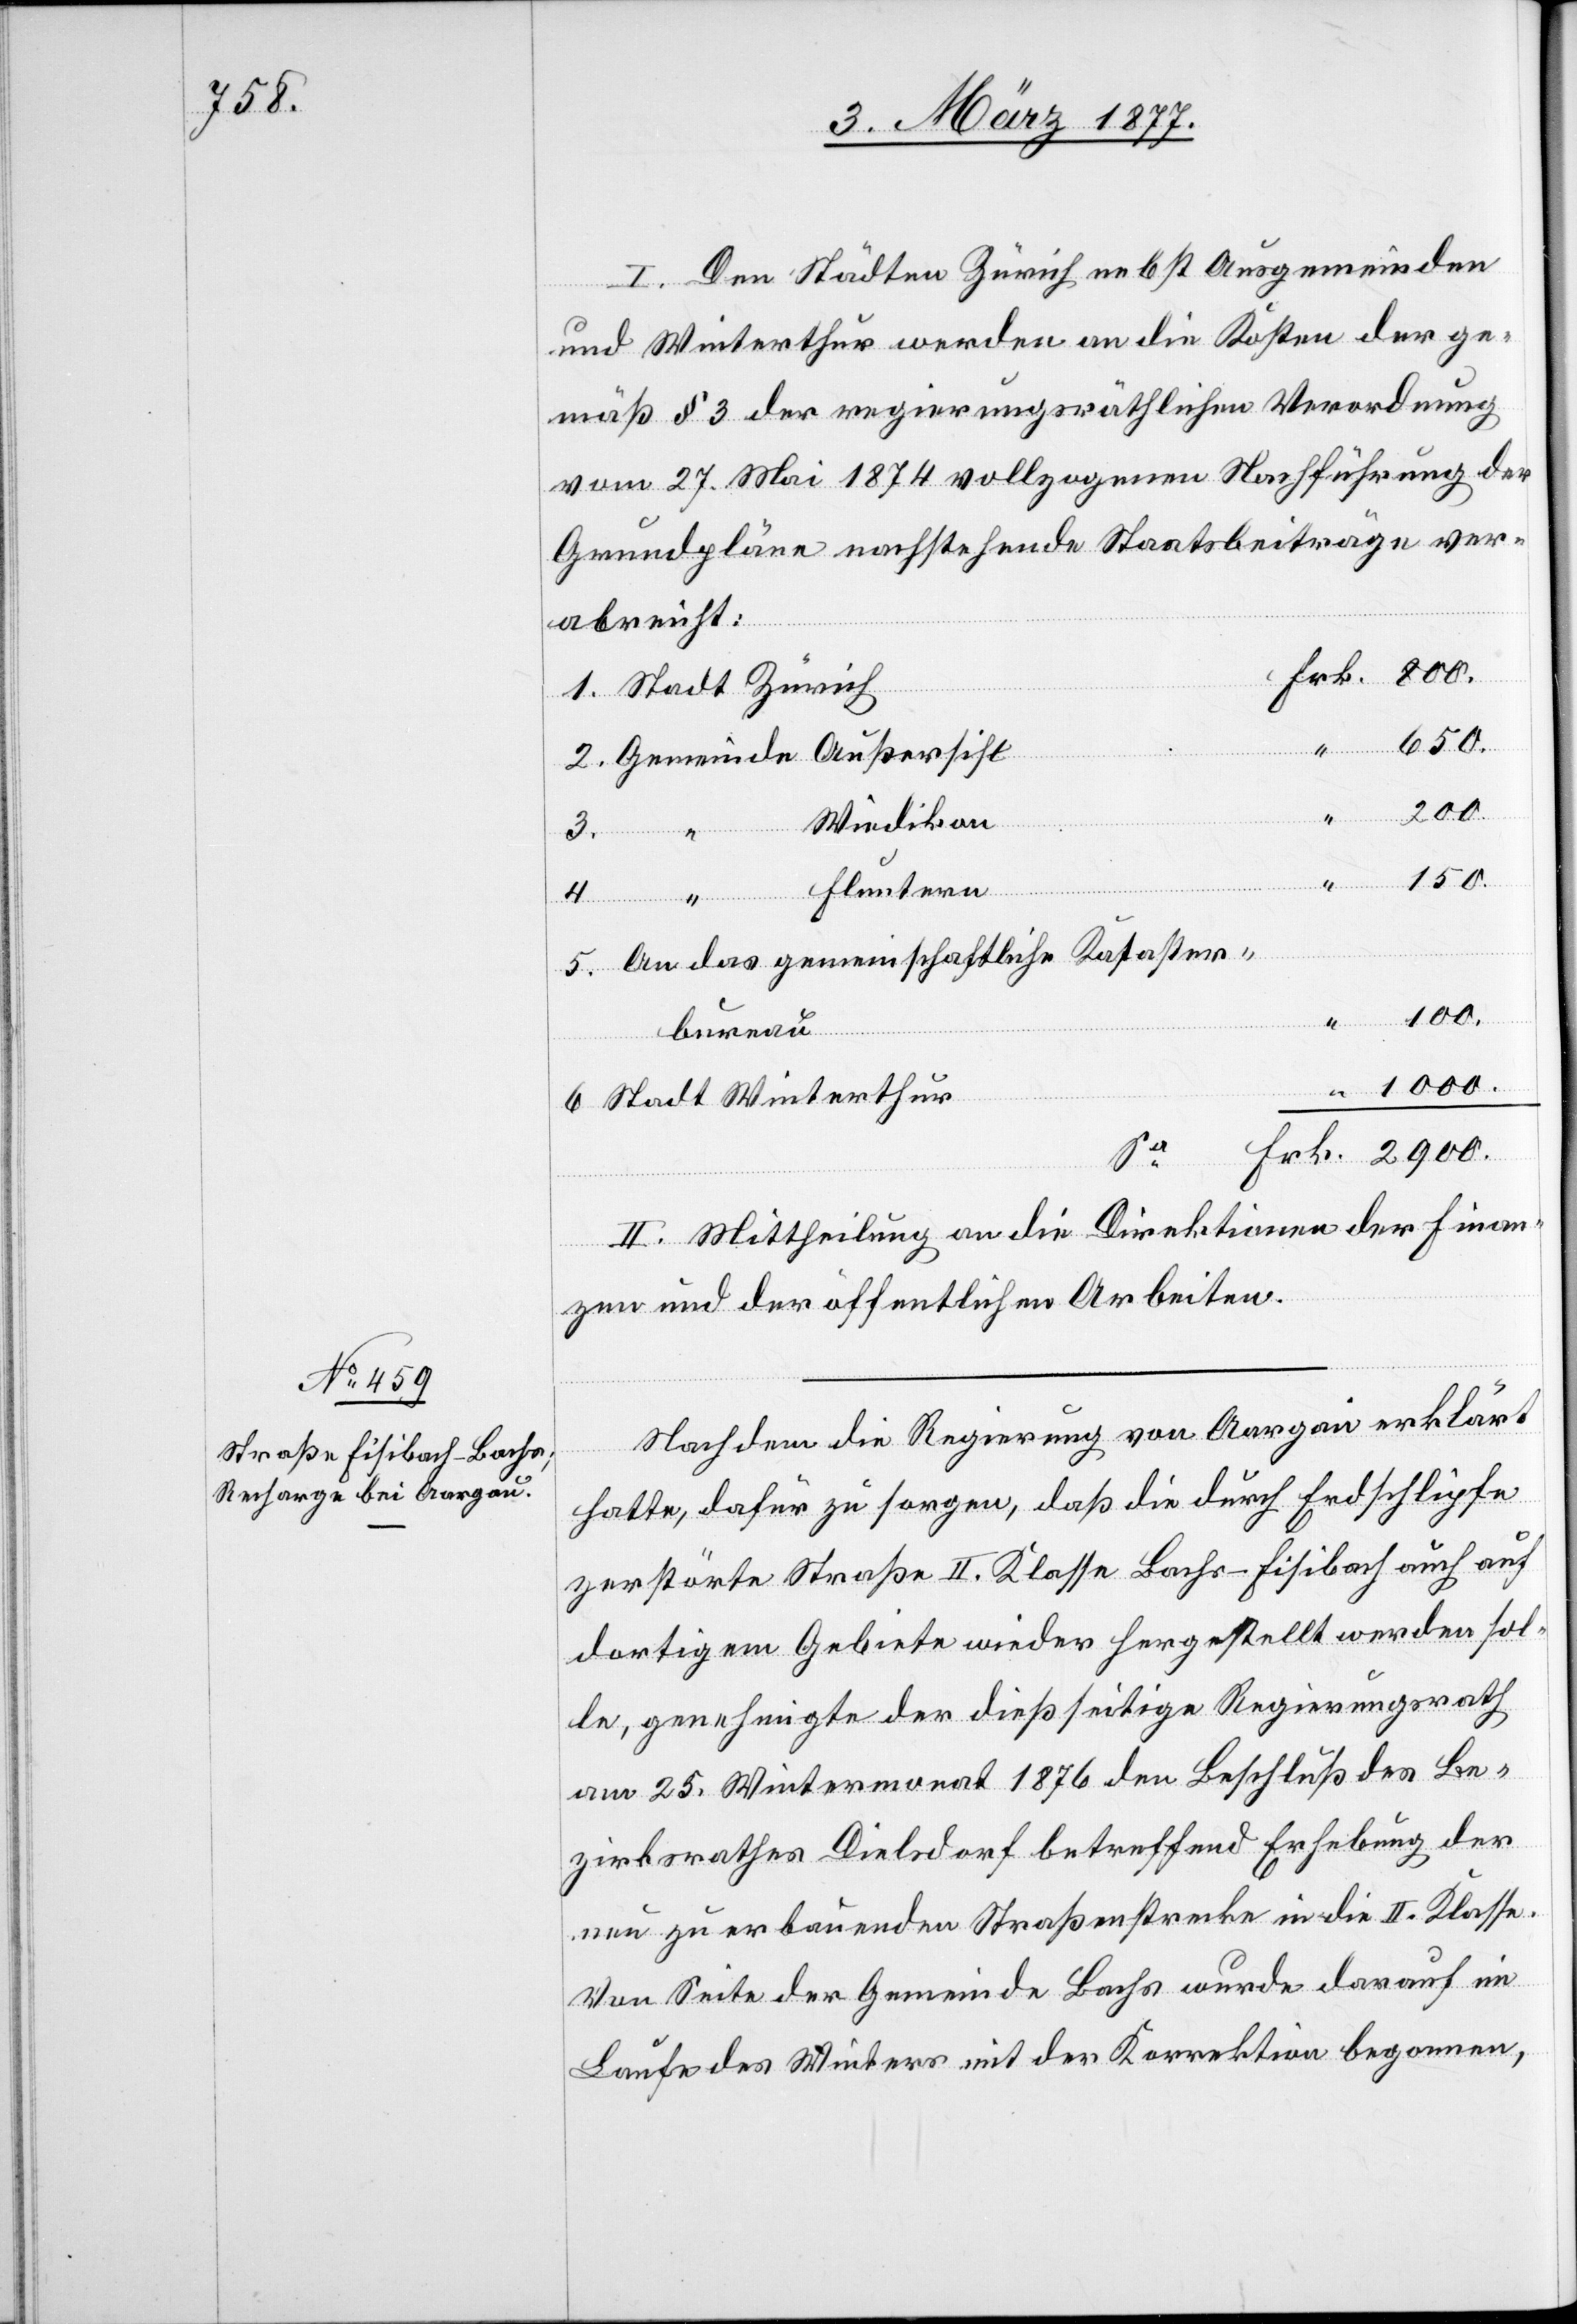
100.

I. Den Städten Zürich nebst Ausgemeinden
und Winterthur werden an die Kosten der ge¬
mäß § 3 der regierungsräthlichen Verordnung
vom 27. Mai 1874 vollzogenen Nachführung der
Grundpläne nachstehende Staatsbeiträge ver¬
abreicht:
1. Stadt Zürich
1000.
Frk.
2. Gemeinde Außersihl
2900.
Wiedikon
150.
4.
“ Fluntern
5. An das gemeinschaftliche Kataster¬
bureau
6. Stadt Winterthur
II. Mittheilung an die Direktionen der Finan¬
zen und der öffentlichen Arbeiten.
Nachdem die Regierung von Aargau erklärt
hatte, dafür zu sorgen, daß die durch Erdschlipfe
zerstörte Straße II. Klasse Bachs–Fisibach auch auf
dortigem Gebiete wieder hergestellt werden sol¬
le, genehmigte der dießseitige Regierungsrath
am 25. Wintermonat 1876 den Beschluß des Be¬
zirksrathes Dielsdorf betreffend Erhebung der
neu zu erbauenden Straßenstrecke in die II. Klasse.
Von Seite der Gemeinde Bachs wurde darauf im
Laufe des Winters mit der Korrektion begonnen,